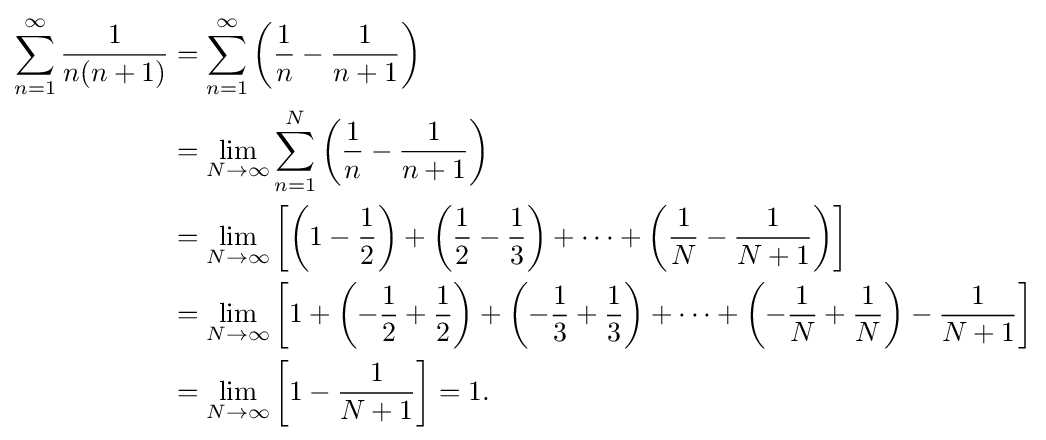
{\begin{aligned}\sum _{n=1}^{\infty }{\frac {1}{n(n+1)}}&{}=\sum _{n=1}^{\infty }\left({\frac {1}{n}}-{\frac {1}{n+1}}\right)\\{}&{}=\lim _{N\to \infty }\sum _{n=1}^{N}\left({\frac {1}{n}}-{\frac {1}{n+1}}\right)\\{}&{}=\lim _{N\to \infty }\left\lbrack {\left(1-{\frac {1}{2}}\right)+\left({\frac {1}{2}}-{\frac {1}{3}}\right)+\cdots +\left({\frac {1}{N}}-{\frac {1}{N+1}}\right)}\right\rbrack \\{}&{}=\lim _{N\to \infty }\left\lbrack {1+\left(-{\frac {1}{2}}+{\frac {1}{2}}\right)+\left(-{\frac {1}{3}}+{\frac {1}{3}}\right)+\cdots +\left(-{\frac {1}{N}}+{\frac {1}{N}}\right)-{\frac {1}{N+1}}}\right\rbrack \\{}&{}=\lim _{N\to \infty }\left\lbrack {1-{\frac {1}{N+1}}}\right\rbrack =1.\end{aligned}}